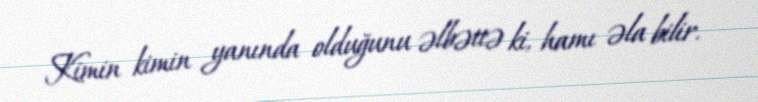
Kimin kimin yanında olduğunu əlbəttə ki, hamı əla bilir.